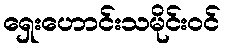
ရှေးဟောင်းသမိုင်းဝင်